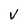
Character: V